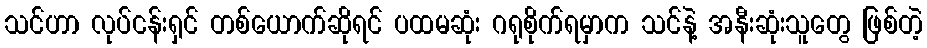
သင်ဟာ လုပ်ငန်းရှင် တစ်ယောက်ဆိုရင် ပထမဆုံး ဂရုစိုက်ရမှာက သင်နဲ့ အနီးဆုံးသူတွေ ဖြစ်တဲ့